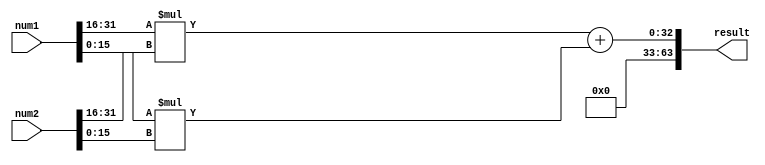
module fixed_point_multiplier(
    input signed [31:0] num1,
    input signed [31:0] num2,
    output reg signed [63:0] result
);

reg signed [31:0] int_part_num1, int_part_num2;
reg signed [31:0] frac_part_num1, frac_part_num2;
reg signed [63:0] int_product;
reg signed [63:0] frac_product;
reg signed [63:0] final_product;

// Extract integer and fractional parts from input numbers
assign int_part_num1 = num1[31:16];
assign frac_part_num1 = num1[15:0];
assign int_part_num2 = num2[31:16];
assign frac_part_num2 = num2[15:0];

// Perform integer multiplication
always @(*) begin
    int_product = int_part_num1 * int_part_num2;
end

// Perform fractional multiplication
always @(*) begin
    frac_product = frac_part_num1 * frac_part_num2;
end

// Combine integer and fractional products to get final product
always @(*) begin
    final_product = int_product + frac_product;
end

// Output the final product
always @(*) begin
    result = final_product;
end

endmodule